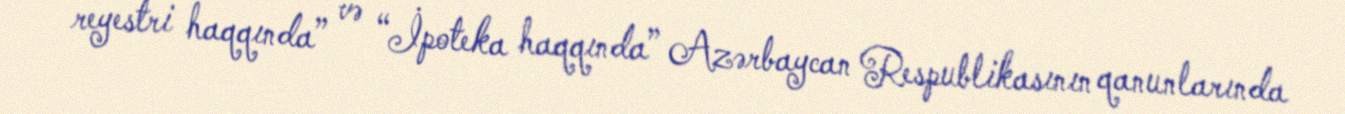
reyestri haqqında” və “İpoteka haqqında” Azərbaycan Respublikasının qanunlarında